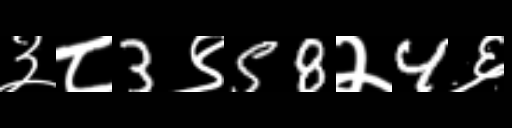
Text: ३८3९58२4६